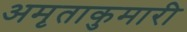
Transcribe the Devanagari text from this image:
अमृताकुमारी